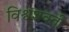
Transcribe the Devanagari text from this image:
विश्वशक्ती